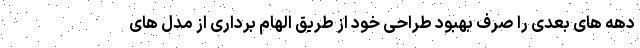
دهه های بعدی را صرف بهبود طراحی خود از طریق الهام برداری از مدل های